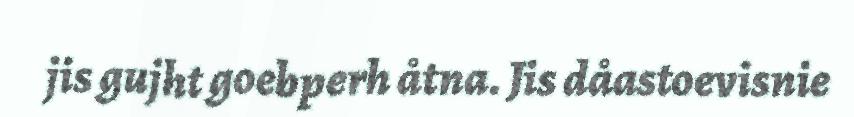
jis gujht goebperh åtna. Jis dåastoevisnie